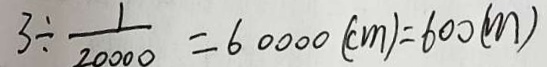
3 \div \frac { 1 } { 2 0 0 0 0 } = 6 0 0 0 0 ( c m ) = 6 0 0 ( m )